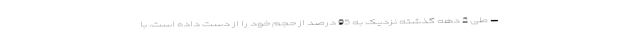
– طی 2 دهه گذشته نزدیک به 95 درصد از حجم خود را از دست داده است. با